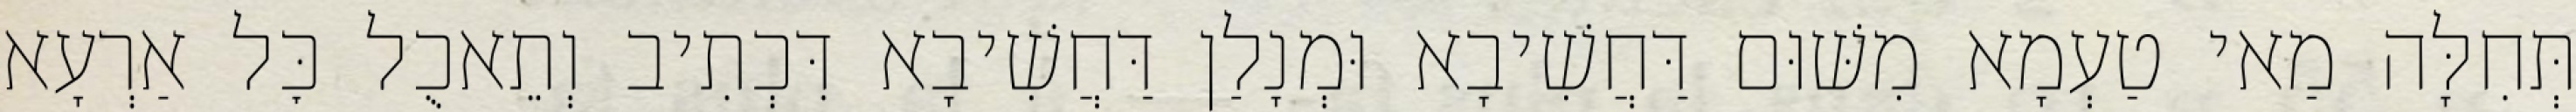
תְּחִלָּה מַאי טַעְמָא מִשּׁוּם דַּחֲשִׁיבָא וּמְנָלַן דַּחֲשִׁיבָא דִּכְתִיב וְתֵאכֻל כׇּל אַרְעָא